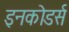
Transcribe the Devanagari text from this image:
इनकोडर्स